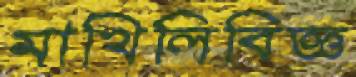
মাখিলিবিজ্ঞ